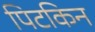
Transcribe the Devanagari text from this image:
पिटकिन